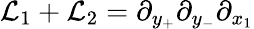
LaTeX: \mathcal{L}_{1}+\mathcal{L}_{2}=\partial_{y_{+}}\partial_{y_{-}}\partial_{x_{1}}